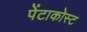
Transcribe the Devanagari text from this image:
पेंटाकोस्ट